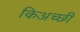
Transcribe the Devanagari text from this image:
किअच्छी